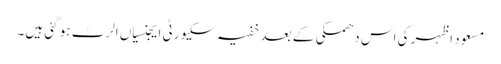
مسعود اظہر کی اس دھمکی کے بعد خفیہ سکیورٹی ایجنسیاں الرٹ ہو گئی ہیں۔